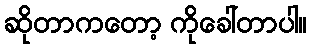
ဆိုတာကတော့ ကိုခေါ်တာပါ။